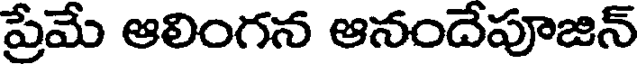
ప్రేమే ఆలింగన ఆనందేపూజిన్